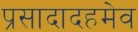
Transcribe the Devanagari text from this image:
प्रसादादहमेव